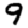
Digit: 9